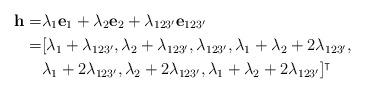
LaTeX: \begin{align*}\mathbf{h}=&\lambda_{1}\mathbf{e}_1+\lambda_{2}\mathbf{e}_2+\lambda_{123'}\mathbf{e}_{123'}\\=& [\lambda_1+\lambda_{123'},\lambda_2+\lambda_{123'},\lambda_{123'},\lambda_1+\lambda_2+2\lambda_{123'},\\&\lambda_1+2\lambda_{123'},\lambda_2+2\lambda_{123'},\lambda_1+\lambda_2+2\lambda_{123'}]^\intercal\end{align*}